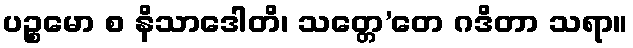
ပဉ္စမော စ နိသာဒေါတိ၊ သတ္တေ’တေ ဂဒိတာ သရာ။